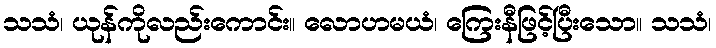
သသံ၊ ယုန်ကိုလည်းကောင်း။ လောဟမယံ၊ ကြေးနီဖြင့်ပြီးသော။ သသံ၊